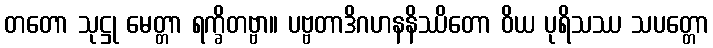
တတော သုဋ္ဌု မေတ္တာ ရက္ခိတဗ္ဗာ။ ပဗ္ဗတာဒိဂဟနနိဿိတော ဝိယ ပုရိသဿ သပတ္တော